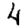
Digit: 4